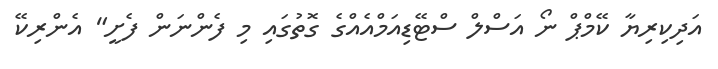
އަދިކިރިޔާ ކޭމްޕް ނޯ އަސްލް ސްޓޭޑިއަމްއެއްގެ ގޮތުގައި މި ފެންނަން ފެށީ" އެންރިކޭ